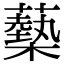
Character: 𧁈